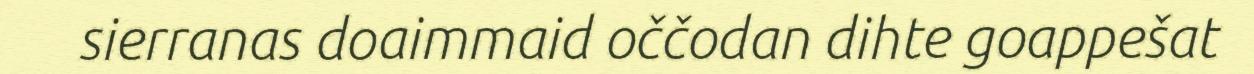
sierranas doaimmaid oččodan dihte goappešat